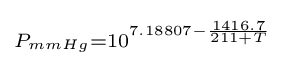
\scriptstyle P_{mmHg}=10^{7.18807-{\frac {1416.7}{211+T}}}